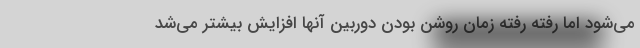
می‌شود اما رفته رفته زمان روشن بودن دوربین آنها افزایش بیشتر می‌شد